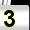
Digit: 3